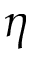
\eta